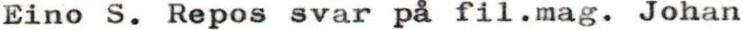
Eino S. Repos svar på fil.mag. Johan